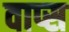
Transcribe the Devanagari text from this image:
वाप्स